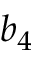
b _ { 4 }